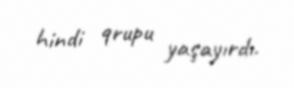
hindi qrupu yaşayırdı.